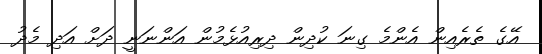
އޭގެ ތެރެއިން އެންމެ ގިނަ ކުދިން ދިރިއުޅެމުން އަންނަނީ ދަށް އަދި މެދު